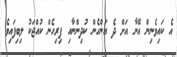
އެ ކައިވެނިން އޭނާ އަށް ދެ އަންހެން ކުދިންނާއި ފިރިހެން ކުއްޖަކު ލިބިފައިވެ